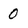
Character: 0